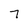
Character: 7